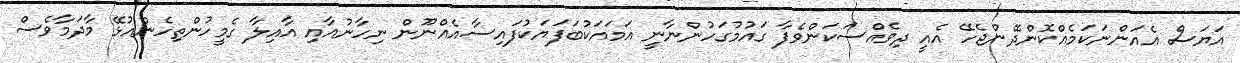
އަޔަސް އެއަންނަކަމެއްކޮންދޭންޖެހޭ އެއީ ދިވެއްސަކަންވެފާ ގައުމުގަހުންނާނީ އަމައަކުބަފަޔަކުފައިސާއެއްނޫން ނިހާނުއާއި އާއިލާ ގެމީހުންތިހެންއުޅޭ މާދަމާވެސް